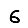
Digit: 6